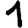
Digit: 1